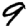
Digit: 9